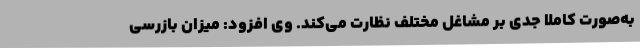
به‌صورت کاملاً جدی بر مشاغل مختلف نظارت می‌کند. وی افزود: میزان بازرسی